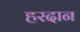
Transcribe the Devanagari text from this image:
हरदान